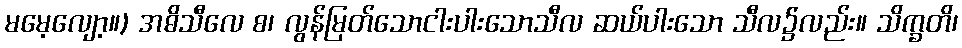
မမေ့လျော့။) အဓိသီလေ စ၊ လွန်မြတ်သောငါးပါးသောသီလ ဆယ်ပါးသော သီလ၌လည်း။ သိက္ခတိ၊